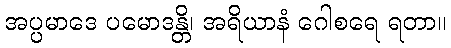
အပ္ပမာဒေ ပမောဒန္တိ၊ အရိယာနံ ဂေါစရေ ရတာ။